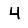
Digit: 4